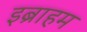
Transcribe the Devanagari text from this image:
इब्राहम